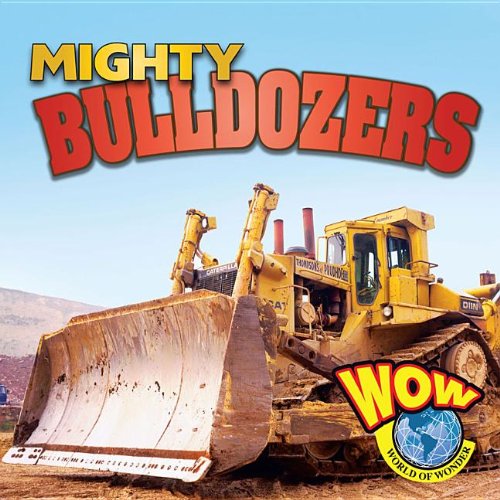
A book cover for Mighty Bulldozers (World of Wonder); Blaine Wiseman; Children's Books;